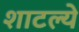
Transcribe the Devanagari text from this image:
शाटल्ये